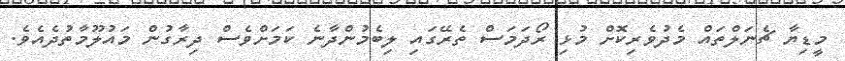
މީޑިޔާ ޗެނަލްތައް މެދުވެރިކޮށް މުޅި ރޯދަމަސް ތެރޭގައި ލިބެމުންދާނެ ކަމަށްވެސް ދިރާގުން މައުލޫމާތުދެއެވެ.